system: You are a helpful assistant.
user:
Analyze the provided spectrum to determine if it is a **M-type Giant (gM)**.

A M-type Giant spectrum is defined by its **strong molecular absorption** features, particularly from **Titanium Oxide (TiO)**. You must check for one of the following mutually exclusive signatures:

- **Key Visual Indicators (Absorption-Dominated Spectrum):**

    - **(Primary):** The spectrum is dominated by strong molecular absorption from **Titanium Oxide (TiO)**. This is the **defining feature** of its M-type temperature class.
        - **(Key Bandheads):** Look for sharp, "saw-tooth" absorption valleys. The strongest are located near **~7050 Å**, **~6160 Å**, and **~5170 Å**.
        - **(Line Profile):** The "saw-tooth" morphology is critical: a **sharp, steep drop on the BLUE (short-wavelength) side** of the bandhead, followed by a gradual recovery (rising flux) towards the RED (long-wavelength) side.

    - **(Key Confirmation - Giant vs. Dwarf):** **ABSENCE** of strong **Calcium Hydride (CaH)** molecular bands. This is the primary diagnostic for *excluding* M-dwarfs.
        - **(Key Region):** The spectrum should lack the strong, broad absorption band seen in dwarfs between **~6800 Å and ~7000 Å**.

    - **(Secondary Confirmation - Giant):** A very strong and broad **Neutral Calcium (Ca I)** atomic absorption line.
        - **(Key Line):** Located at **~4226 Å**. In a giant (gM), this line is significantly deeper and broader than the same line in an M-dwarf (dM) due to low surface gravity.

    - **(Overall Spectrum):**
        - The continuum is **extremely red-sloping** (i.e., flux is very low in the blue and rises dramatically towards the red).
        - The entire spectrum appears "chopped up" by the deep TiO bands.

Think first, call **spectral_visualization_tool** if needed to examine features in detail, then provide your final answer. Your response must adhere to the following strict rules:
1.  **Overall Structure:** Your response must follow the format `<think>...</think> <tool_call>...</tool_call> (if a tool is used) <answer>...</answer>`.
2.  **Tool Usage Constraint:** You may only make **one** tool call per turn.
3.  **Final Answer Format:** In the `<answer>` tag, your conclusion must be inside a `\boxed{}` command (e.g., `\boxed{YES}` or `\boxed{NO}`), followed by your justification.

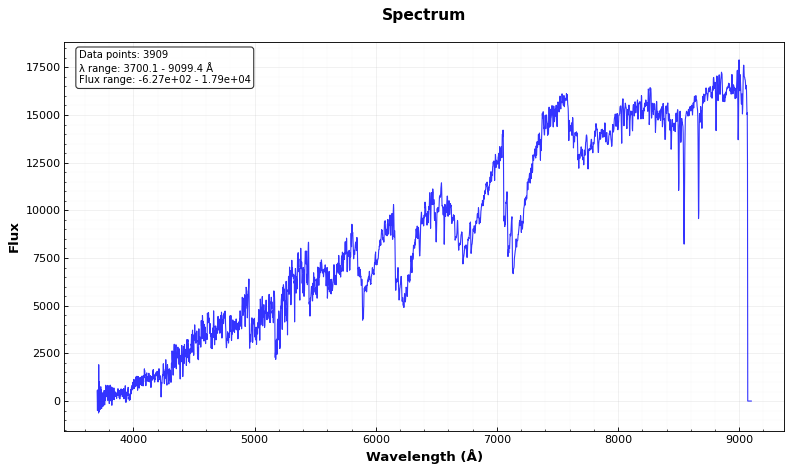
Answer: YES